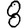
Digit: 8